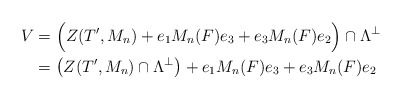
\begin{align*} V &= \Big( Z(T',M_n)+e_1 M_n(F) e_3 + e_3 M_n(F) e_2\Big) \cap \Lambda^\perp \\ &=\left( Z(T',M_n)\cap \Lambda^\perp\right)+ e_1 M_n(F) e_3 + e_3 M_n(F) e_2\end{align*}